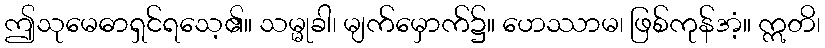
ဤသုမေဓာရှင်ရသေ့၏။ သမ္မုခါ၊ မျက်မှောက်၌။ ဟေဿာမ၊ ဖြစ်ကုန်အံ့။ ဣတိ၊